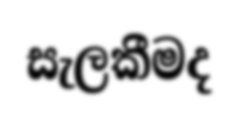
සැලකීමද